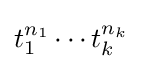
t_{1}^{n_{1}}\cdots t_{k}^{n_{k}}